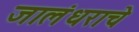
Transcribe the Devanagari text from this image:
जालंधराचे